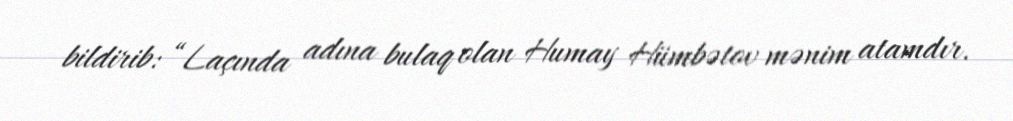
bildirib: “Laçında adına bulaq olan Humay Hümbətov mənim atamdır.